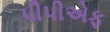
પીપીએફ